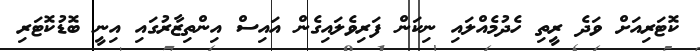
ކޮޓަރިއަށް ވަދެ ރީތި ހެދުމެއްލައި ނިކަން ފަރިވެލައިގެން އައިސް އިންތިޒާރުގައި އިނީ ބޮޑުކޮޓަރި